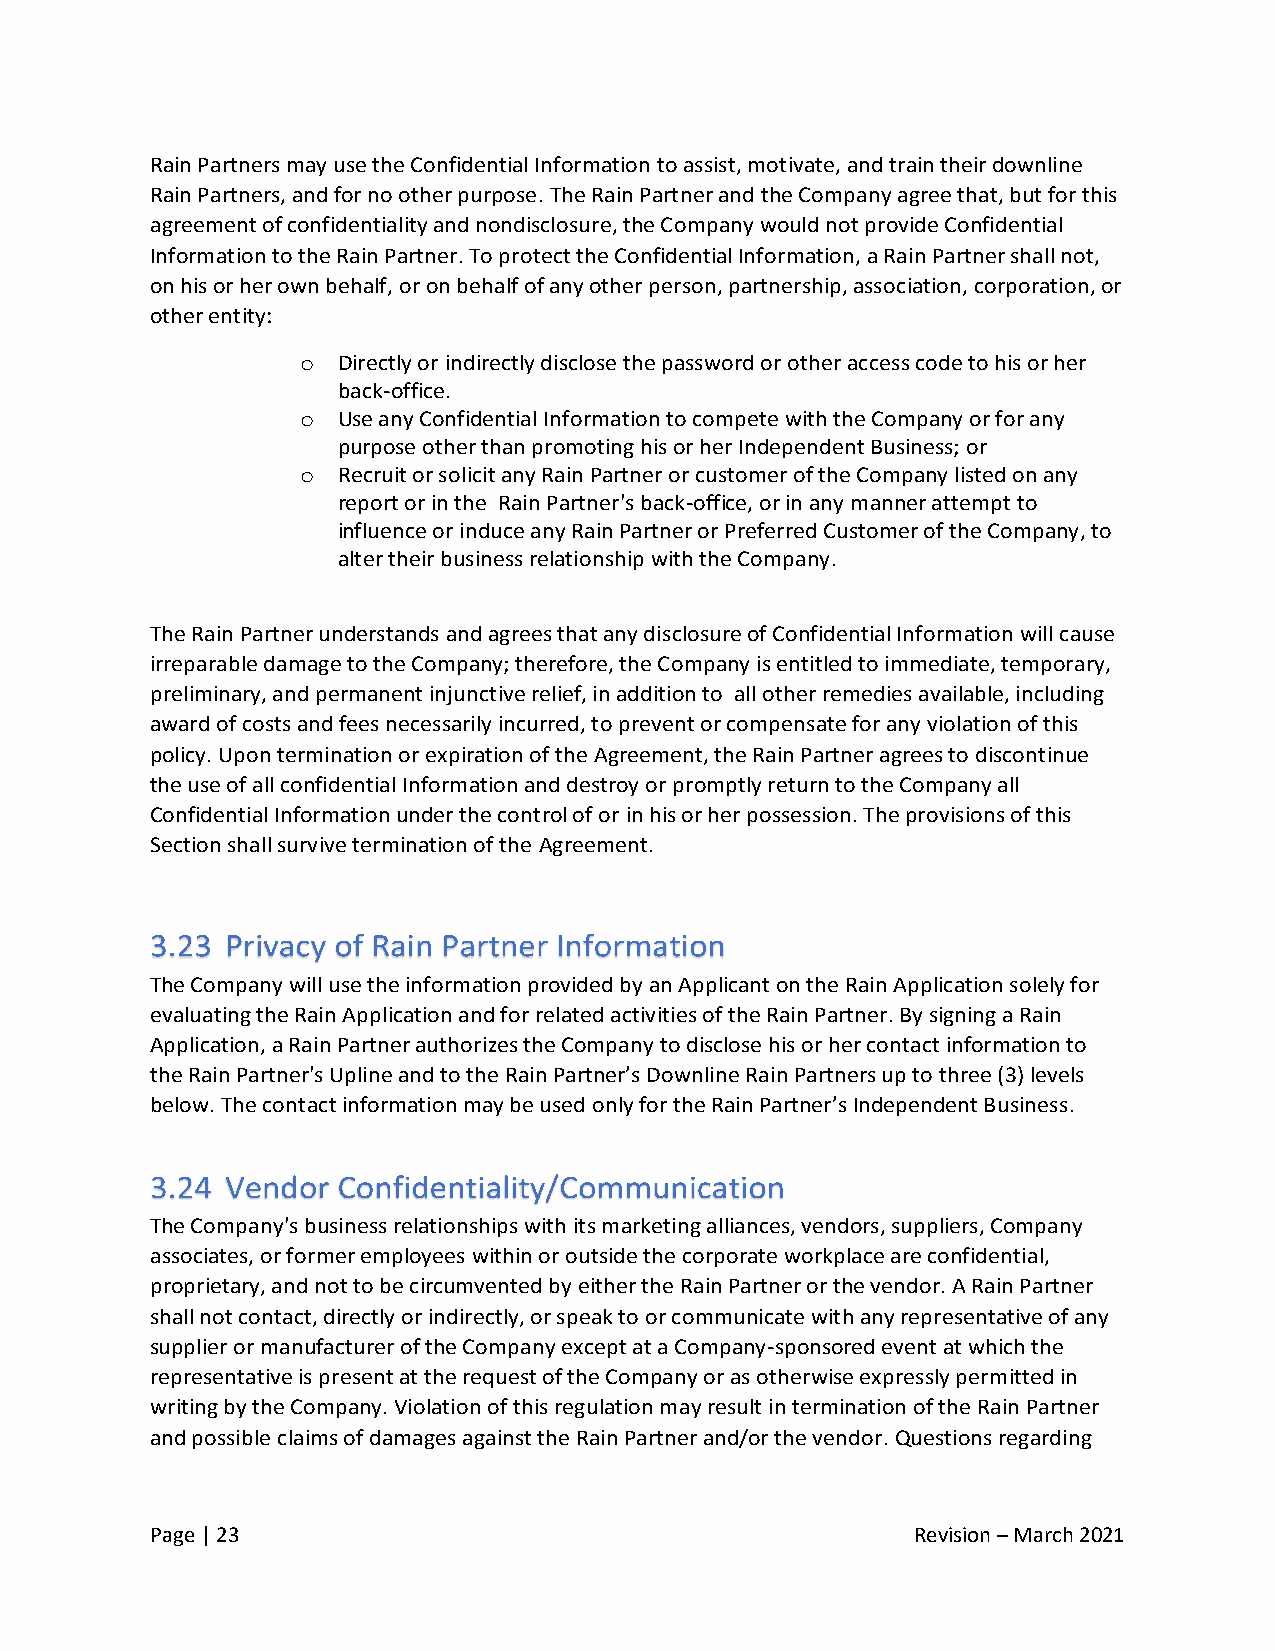
Rain Partners may use the Confidential Information to assist, motivate, and train their downline
 Rain Partners, and for no other purpose. The Rain Partner and the Company agree that, but for this
 agreement of confidentiality and nondisclosure, the Company would not provide Confidential
 Information to the Rain Partner. To protect the Confidential Information, a Rain Partner shall not,
 on his or her own behalf, or on behalf of any other person, partnership, association, corporation, or
 other entity:
 o Directly or indirectly disclose the password or other access code to his or her
 back-office.
 o Use any Confidential Information to compete with the Company or for any
 purpose other than promoting his or her Independent Business; or
 o Recruit or solicit any Rain Partner or customer of the Company listed on any
 report or in the Rain Partner's back-office, or in any manner attempt to
 influence or induce any Rain Partner or Preferred Customer of the Company, to
 alter their business relationship with the Company.
 The Rain Partner understands and agrees that any disclosure of Confidential Information will cause
 irreparable damage to the Company; therefore, the Company is entitled to immediate, temporary,
 preliminary, and permanent injunctive relief, in addition to all other remedies available, including
 award of costs and fees necessarily incurred, to prevent or compensate for any violation of this
 policy. Upon termination or expiration of the Agreement, the Rain Partner agrees to discontinue
 the use of all confidential Information and destroy or promptly return to the Company all
 Confidential Information under the control of or in his or her possession. The provisions of this
 Section shall survive termination of the Agreement.
 The Company will use the information provided by an Applicant on the Rain Application solely for
 evaluating the Rain Application and for related activities of the Rain Partner. By signing a Rain
 Application, a Rain Partner authorizes the Company to disclose his or her contact information to
 the Rain Partner's Upline and to the Rain Partner’s Downline Rain Partners up to three (3) levels
 below. The contact information may be used only for the Rain Partner’s Independent Business.
 The Company's business relationships with its marketing alliances, vendors, suppliers, Company
 associates, or former employees within or outside the corporate workplace are confidential,
 proprietary, and not to be circumvented by either the Rain Partner or the vendor. A Rain Partner
 shall not contact, directly or indirectly, or speak to or communicate with any representative of any
 supplier or manufacturer of the Company except at a Company-sponsored event at which the
 representative is present at the request of the Company or as otherwise expressly permitted in
 writing by the Company. Violation of this regulation may result in termination of the Rain Partner
 and possible claims of damages against the Rain Partner and/or the vendor. Questions regarding
 Page | 23                                          Revision – March 2021